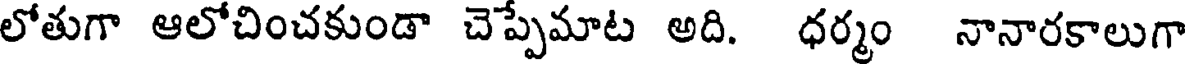
లోతుగా ఆలోచించకుండా చెప్పమాట అది. ధర్మం నానారకాలుగా